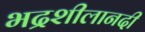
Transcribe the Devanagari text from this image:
भद्रशीलानदी